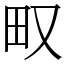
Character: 𤰖